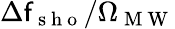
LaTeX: \Delta\mathsf{f}_{\mathrm{{~s~h~o~}}}/\Omega_{\mathrm{{~M~W~}}}